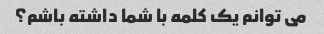
می توانم یک کلمه با شما داشته باشم؟